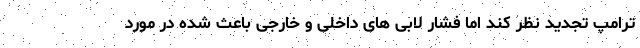
ترامپ تجدید نظر کند اما فشار لابی های داخلی و خارجی باعث شده در مورد